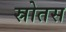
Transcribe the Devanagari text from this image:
स्रोतस